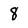
Character: 8